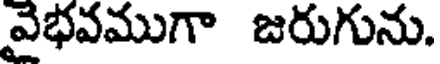
వైభవముగా జరుగును.